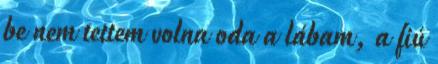
be nem tettem volna oda a lábam, a fiú